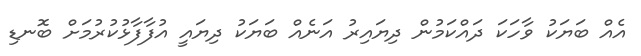
އެއް ބަޔަކު ވާހަކަ ދައްކަމުން ދިޔައިރު އަނެއް ބަޔަކު ދިޔައީ އުފާފާޅުކުރުމަށް ބޮނޑި